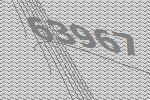
63967